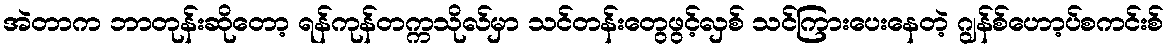
အဲတာက ဘာတုန်းဆိုတော့ ရန်ကုန်တက္ကသိုလ်မှာ သင်တန်းတွေဖွင့်လှစ် သင်ကြားပေးနေတဲ့ ဂျွန်စ်ဟော့ပ်စကင်းစ်